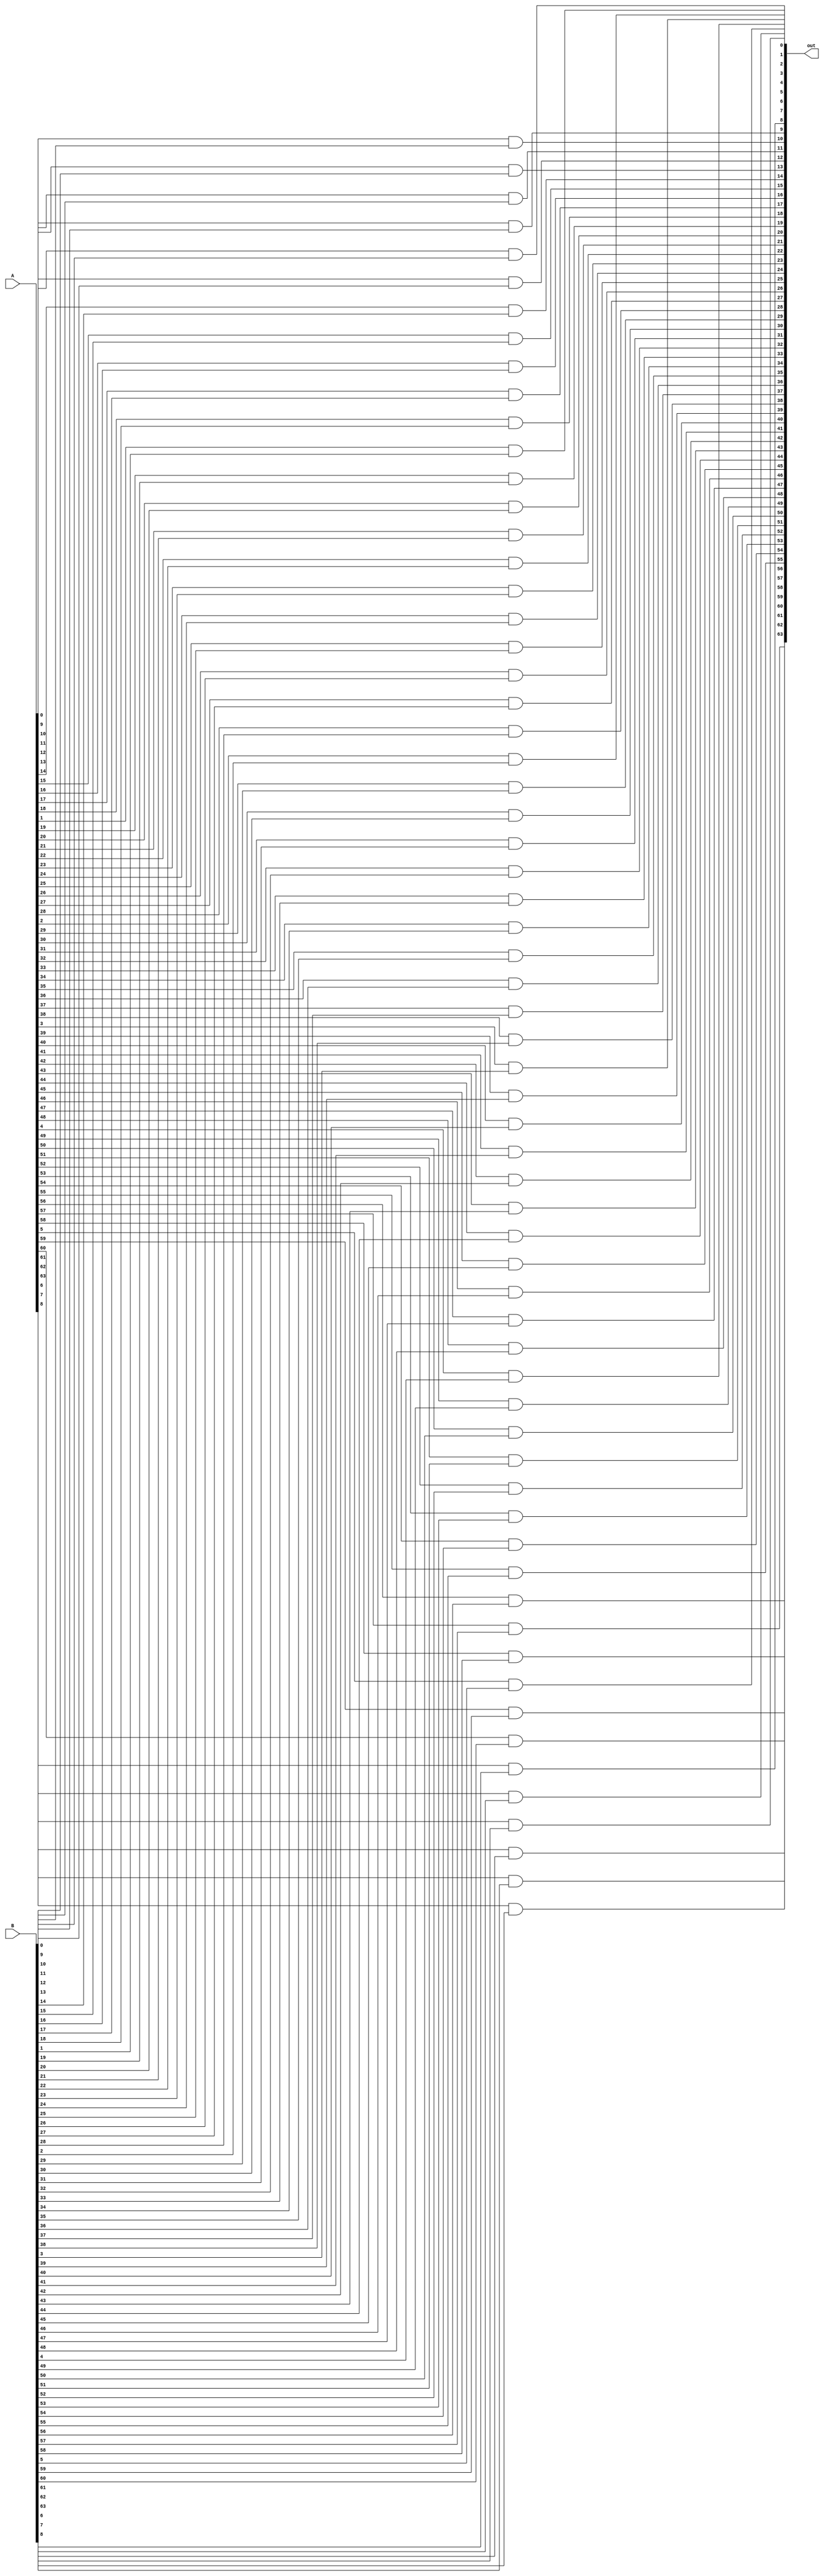
module ANDx64(A, B, out);

// A and B are signed 64 bit registers
// out stores 64 bit output

input signed [63:0] A;
input signed [63:0] B;
output signed [63:0] out;

genvar j;
generate for(j = 0; j < 64; j = j + 1)
begin
    and(out[j], A[j], B[j]);
end
endgenerate

endmodule